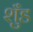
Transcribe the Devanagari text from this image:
शुँड